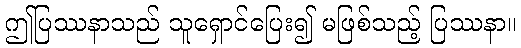
ဤပြဿနာသည် သူရှောင်ပြေး၍ မဖြစ်သည့် ပြဿနာ။